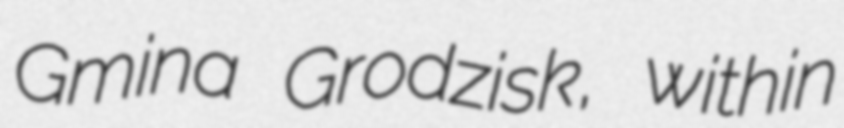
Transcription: Gmina Grodzisk, within